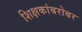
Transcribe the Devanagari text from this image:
शिक्षकांबरोबर